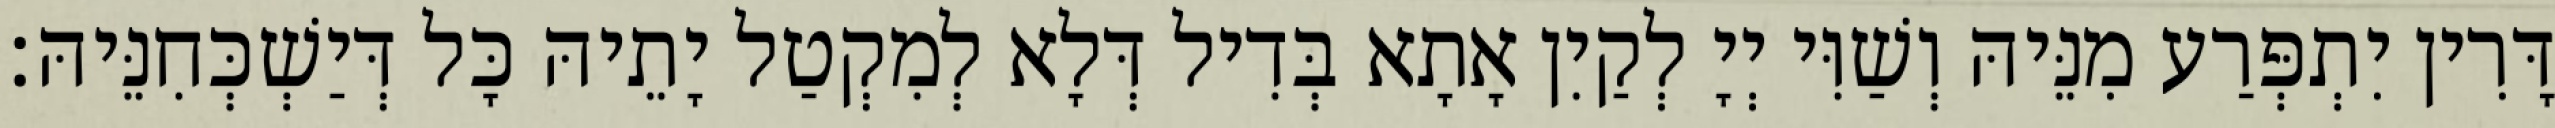
דָּרִין יִתְפְּרַע מִנֵּיהּ וְשַׁוִּי יְיָ לְקַיִן אָתָא בְּדִיל דְּלָא לְמִקְטַל יָתֵיהּ כָּל דְּיַשְׁכְּחִנֵּיהּ׃